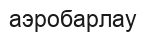
аэробарлау